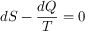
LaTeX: d S - { \frac { d Q } { T } } = 0